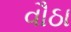
વૌઠા